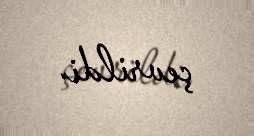
çevrildi.